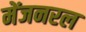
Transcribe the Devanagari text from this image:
मेंजनरल